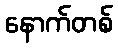
နောက်တစ်